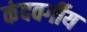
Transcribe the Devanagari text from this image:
कंदवर्गीय